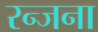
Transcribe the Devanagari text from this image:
रन्जना